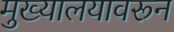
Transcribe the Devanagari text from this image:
मुख्यालयावरून